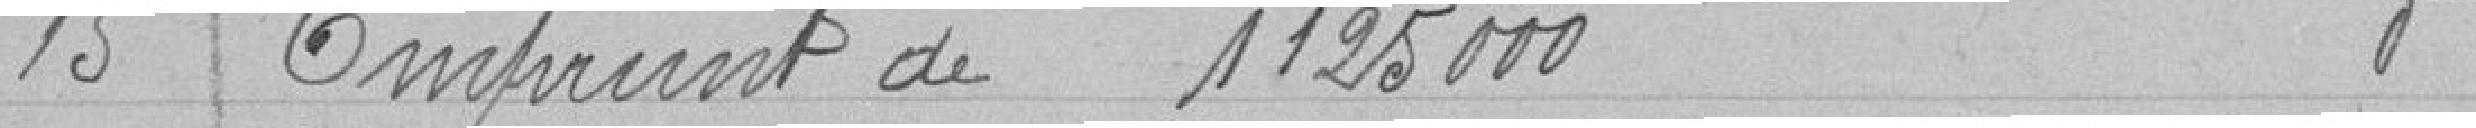
15 Emprunt de 1125000